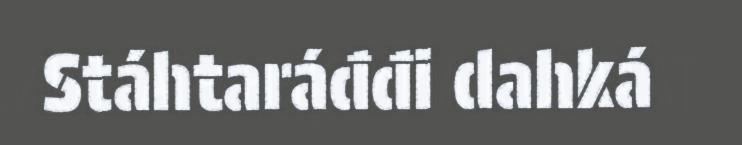
Stáhtaráđđi dahká